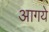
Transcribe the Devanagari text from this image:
आगये